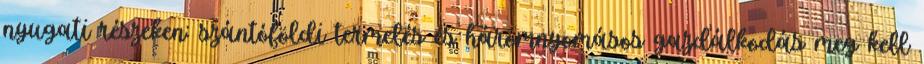
nyugati részeken: szántóföldi termelés és háromnyomásos gazdálkodás meg kell